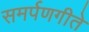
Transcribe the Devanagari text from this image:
समर्पणगीते